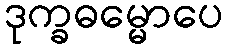
ဒုက္ခဓမ္မောပေ